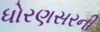
ધોરણસરની